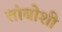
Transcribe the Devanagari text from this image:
तांबोशी